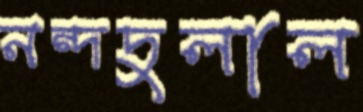
নন্দদুলাল